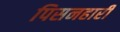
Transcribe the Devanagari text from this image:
पिसनहारी